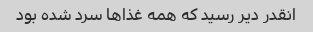
انقدر دیر رسید که همه غذاها سرد شده بود